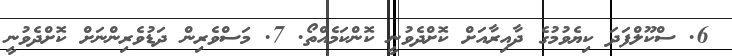
6. ސްކޫލްފަދަ ކިޔެވުމުގެ ދާއިރާއަށް ކޮށްދެވުނީ ކޮންކަމެއްތޯ. 7. މަސްވެރިން ދަޑުވެރިންނަށް ކޮށްދެވުނީ